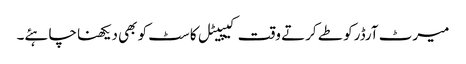
میرٹ آرڈرکو طے کرتے وقت کیپیٹل کاسٹ کو بھی دیکھنا چاہئے۔